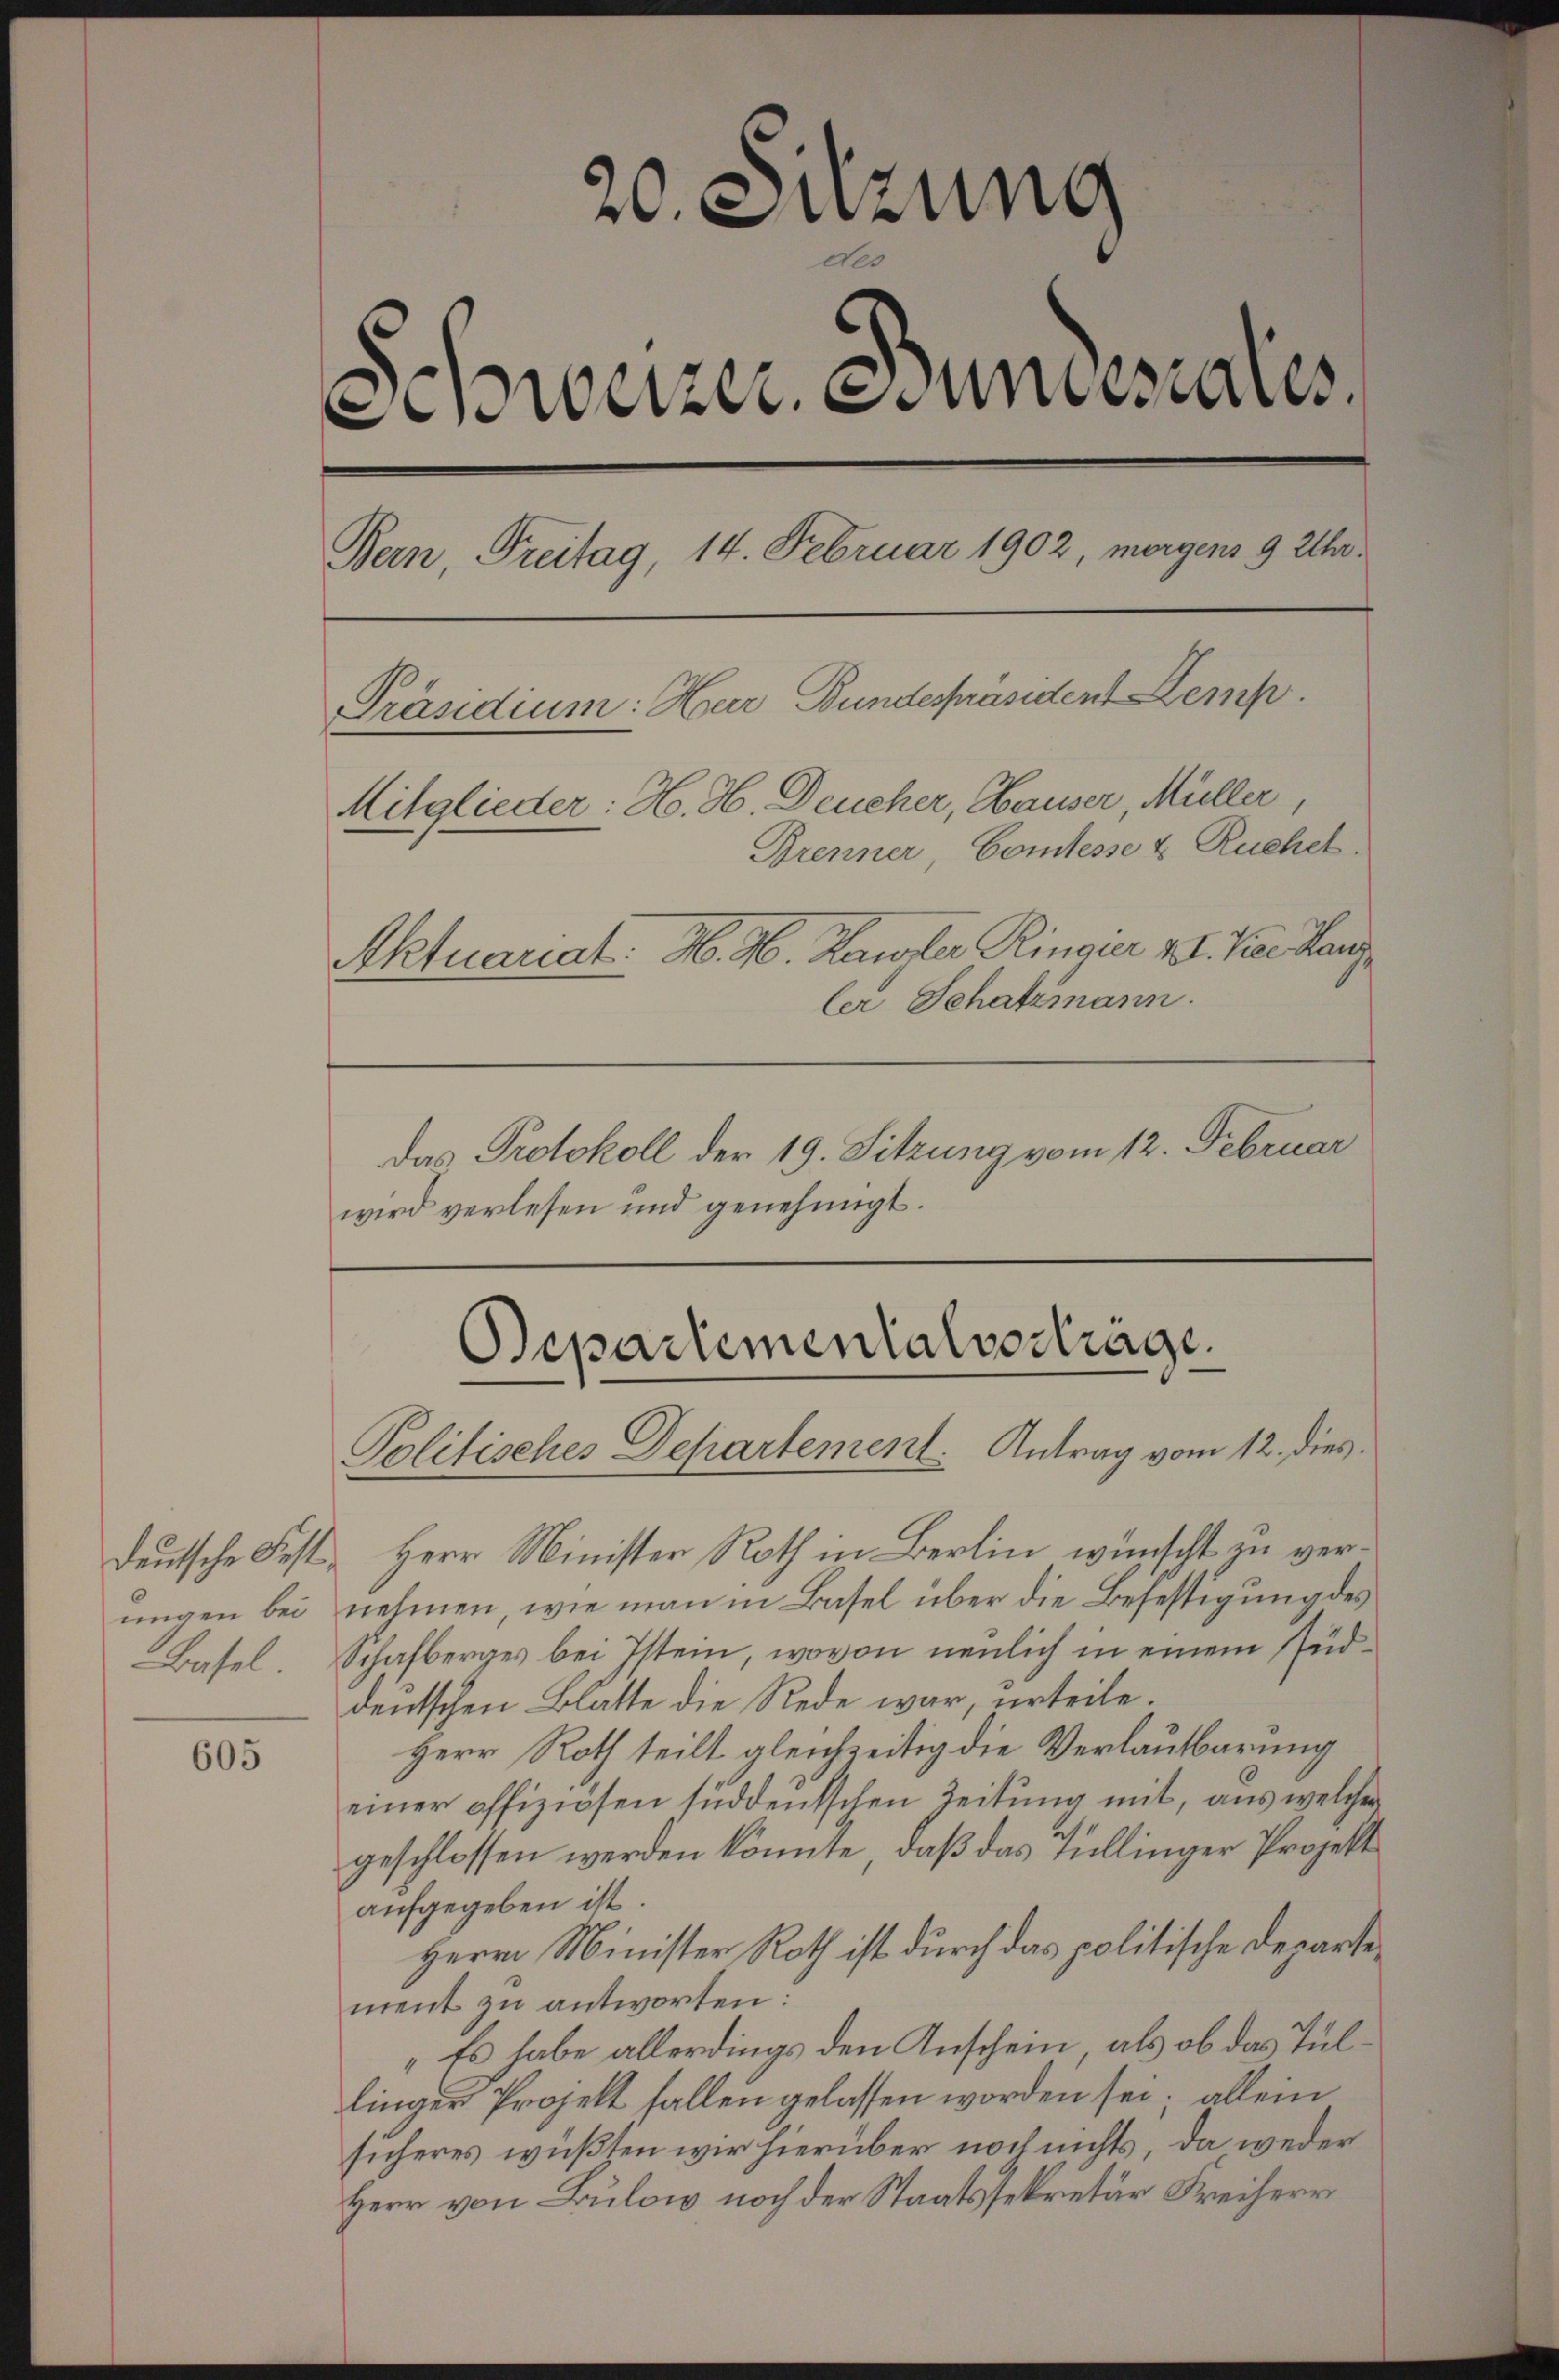
ungen bei
Basel.

605

20. Suzung
Schweizer. Stundesrates
Bern, Freitag, 14. Februar 1902, morgens 9 Uhr¬
Präsidium: Herr Bundespräsident Kemp
Mitglieder: H. H. Deucher, Hauser, Müller,
Brenner, Comtesse & Ruchet.
Aktuariat. H. H. Kanzler Rinauer v. J. Vier Lang
ler Schatzmann.

Das Protokoll der 19. Sitzung vom 12. Februar
wird verlesen und genehmigt.

Departementalverträge.
Politisches Departement. Antrag vom 12. dies

deutsche Fest- Herr Minister Roth in Berlin wünscht zu vernehmen, wie man in Basel über die Befestigung des
Schafberges bei Istein, wovon neulich in einem süddeutschen Blatte die Rede war, urteile.
Herr Roth teilt gleichzeitig die Verlautbarung
einer offiziösen süddeutschen Zeitung mit, aus welcher
geschlossen werden könnte, daß das nullinger Projekt
aufgegeben ist.
Herrn Minister Roth ist durch das politische Departement zu antworten:
„Es habe allerdings den Anschein, als ob das Tullinger Projekt fallen gelassen worden sei; allein
sicheres wüßten wir hierüber noch nichts, da weder
Herr von Bulow noch der Staatssekretär Freiherr